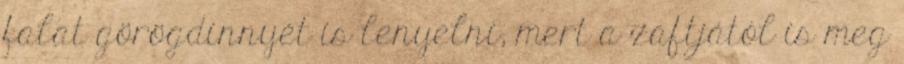
falat görögdinnyét is lenyelni, mert a zaftjától is meg